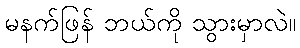
မနက်ဖြန် ဘယ်ကို သွားမှာလဲ။